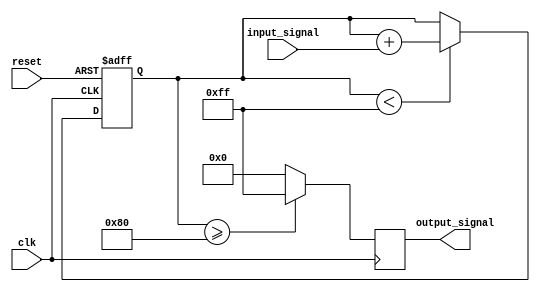
module param_focused_init #(
    parameter INITIAL_VALUE = 8'd0,    // Default initial value
    parameter MAX_COUNT = 8'd255,       // Maximum count threshold
    parameter THRESHOLD = 8'd128         // Threshold value for behavior
)(
    input wire clk,                      // Clock signal
    input wire reset,                    // Reset signal
    input wire [7:0] input_signal,       // Input signal
    output reg [7:0] output_signal       // Output signal
);

    // Internal register to hold the current state
    reg [7:0] current_state;

    // Initialization block
    always @(posedge clk or posedge reset) begin
        if (reset) begin
            current_state <= INITIAL_VALUE; // Set initial state on reset
        end else begin
            // Behavioral logic based on current state and input signal
            if (current_state < MAX_COUNT) begin
                current_state <= current_state + input_signal; // Increment state
            end
        end
    end

    // Output logic based on the current state and parameters
    always @(posedge clk) begin
        if (current_state >= THRESHOLD) begin
            output_signal <= 8'd255; // Output high if above threshold
        end else begin
            output_signal <= 8'd0;    // Output low otherwise
        end
    end

    // Documentation for parameters
    // INITIAL_VALUE: The starting value of the current state, default is 0.
    // MAX_COUNT: The maximum value that current_state can reach, default is 255.
    // THRESHOLD: The value at which the output_signal will be set high, default is 128.

endmodule